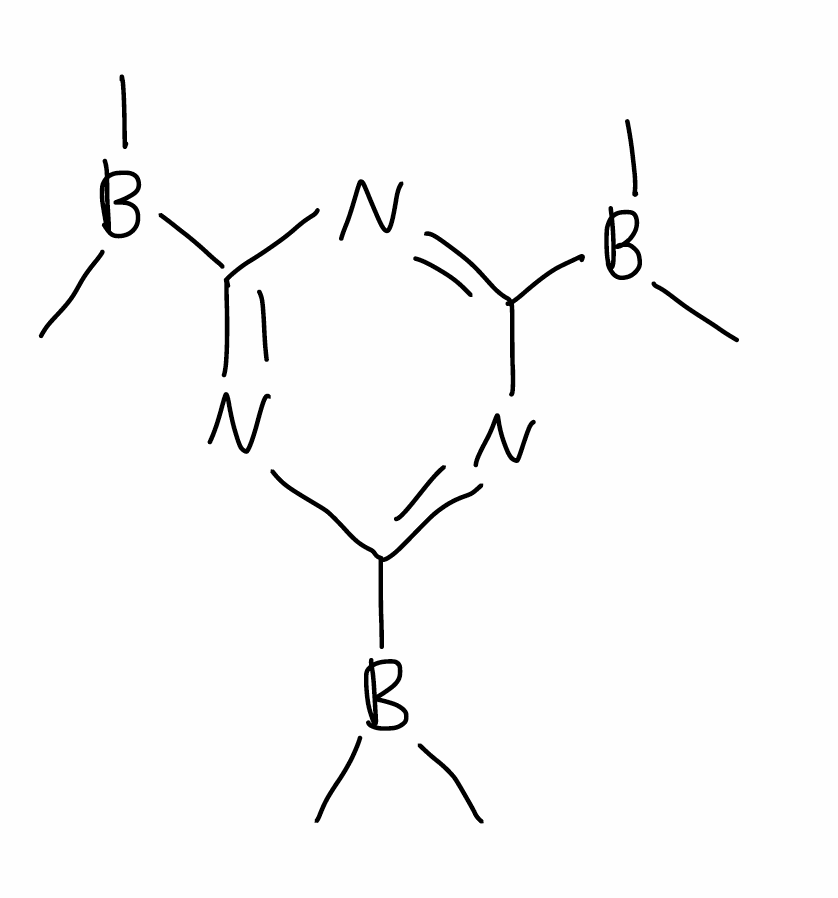
Simplified molecular-input line-entry system (SMILES) notation of the given molecule:
B(C)(C)C1=NC(=NC(=N1)B(C)C)B(C)C